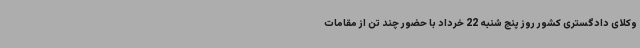
وکلای دادگستری کشور روز پنج شنبه 22 خرداد با حضور چند تن از مقامات